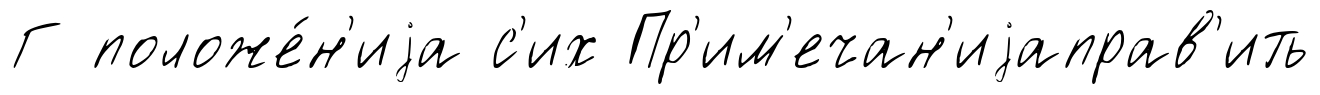
Г положе́н'иjа с'их Пр'им'ечан'иjаправ'ить